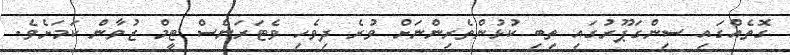
ގޮތެއްގައި ސިންގަޕޫރުގައި ތިބި ކުޅުންތެރިންނަށް ވުރެ ދިވެހި ވެޓަރަންސް ޓީމް ޒުވާން ކަމަށެވެ.